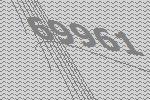
69961